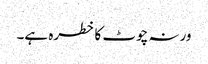
ورنہ چوٹ کا خطرہ ہے۔